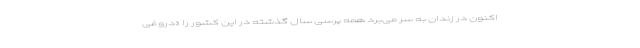
اکنون در زندان به سر می‌برد همه پرسی سال گذشته در این کشور را «دروغی